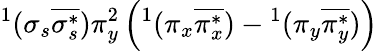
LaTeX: ^1(\sigma_{s}\overline{{\sigma_{s}^{*}}})\pi_{y}^{2}\left(^1(\pi_{x}\overline{{\pi_{x}^{*}}})-{}^{1}(\pi_{y}\overline{{\pi_{y}^{*}}})\right)